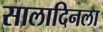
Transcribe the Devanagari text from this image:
सालादिनला